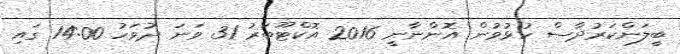
ބީލަންކަރުދާސް ހުޅުވުން އޮންނާނީ 2016 އޮކްޓޫބަރު 31 ވަނަ ދުވަހު 14:00 ގައި